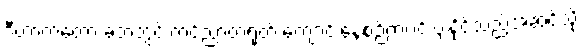
ဒီဟာကတော့ ခဲတံတွင် ကင်ညာတရုတ် ကျောင်းနေစဉ်ကပင် ပျံနိုင်သည့်အဆင့်သို့